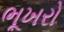
ભૂખરો